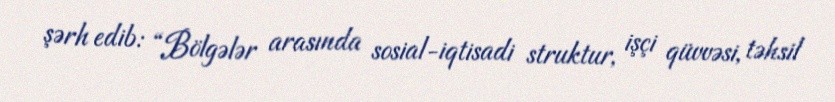
şərh edib: “Bölgələr arasında sosial-iqtisadi struktur, işçi qüvvəsi, təhsil